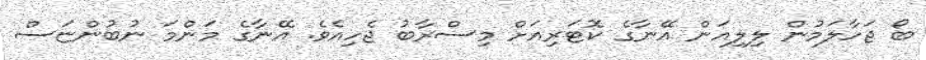
ބޯ ޖަހާލަމުން ލިލިއަން އޭނާގެ ކޮޓަރިއަށް މިސްރާބު ޖެހިއެވެ. އޭނާގެ މަންމަ ނުބުންޏަސް